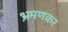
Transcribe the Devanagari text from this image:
भ्रमणकर